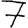
Digit: 7